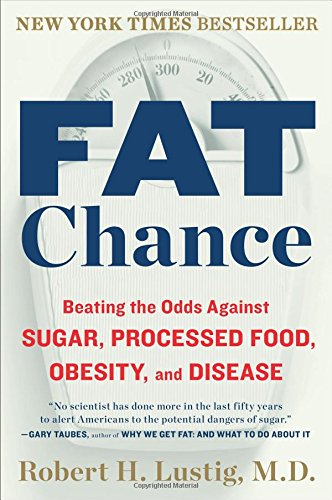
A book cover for Fat Chance: Beating the Odds Against Sugar, Processed Food, Obesity, and Disease; Robert H. Lustig; Medical Books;